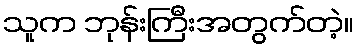
သူက ဘုန်းကြီးအတွက်တဲ့။